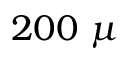
2 0 0 ~ \mu